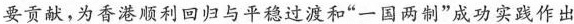
要贡献，为香港顺利回归与平稳过渡和”一国两制”成功实践作出